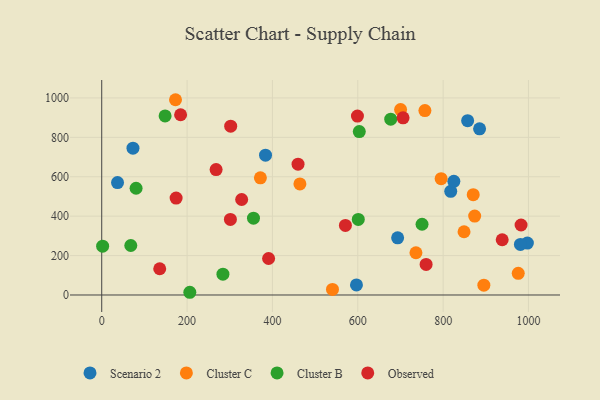
{"axis": {"x": "Distance", "y": "Rating"}, "legend": ["Cluster B", "Cluster C", "Observed", "Scenario 2"], "data": [{"x": "885.4", "y": 843.2, "type": "Scenario 2"}, {"x": "857.4", "y": 884.6, "type": "Scenario 2"}, {"x": "693.4", "y": 289.9, "type": "Scenario 2"}, {"x": "37.0", "y": 570.3, "type": "Scenario 2"}, {"x": "383.8", "y": 709.3, "type": "Scenario 2"}, {"x": "817.8", "y": 526.0, "type": "Scenario 2"}, {"x": "997.4", "y": 263.5, "type": "Scenario 2"}, {"x": "981.1", "y": 256.5, "type": "Scenario 2"}, {"x": "825.1", "y": 576.6, "type": "Scenario 2"}, {"x": "73.2", "y": 745.1, "type": "Scenario 2"}, {"x": "596.9", "y": 51.3, "type": "Scenario 2"}, {"x": "736.3", "y": 214.4, "type": "Cluster C"}, {"x": "895.4", "y": 49.9, "type": "Cluster C"}, {"x": "795.3", "y": 590.2, "type": "Cluster C"}, {"x": "540.7", "y": 28.1, "type": "Cluster C"}, {"x": "464.4", "y": 563.6, "type": "Cluster C"}, {"x": "873.9", "y": 400.3, "type": "Cluster C"}, {"x": "371.8", "y": 594.8, "type": "Cluster C"}, {"x": "757.3", "y": 935.7, "type": "Cluster C"}, {"x": "849.0", "y": 320.9, "type": "Cluster C"}, {"x": "976.0", "y": 110.2, "type": "Cluster C"}, {"x": "172.9", "y": 990.9, "type": "Cluster C"}, {"x": "870.5", "y": 509.0, "type": "Cluster C"}, {"x": "700.3", "y": 940.9, "type": "Cluster C"}, {"x": "68.1", "y": 251.2, "type": "Cluster B"}, {"x": "677.2", "y": 892.2, "type": "Cluster B"}, {"x": "206.4", "y": 13.8, "type": "Cluster B"}, {"x": "750.6", "y": 358.9, "type": "Cluster B"}, {"x": "2.1", "y": 247.6, "type": "Cluster B"}, {"x": "284.0", "y": 105.6, "type": "Cluster B"}, {"x": "601.2", "y": 383.3, "type": "Cluster B"}, {"x": "80.5", "y": 541.7, "type": "Cluster B"}, {"x": "148.5", "y": 908.8, "type": "Cluster B"}, {"x": "603.5", "y": 829.5, "type": "Cluster B"}, {"x": "355.6", "y": 389.6, "type": "Cluster B"}, {"x": "760.1", "y": 155.3, "type": "Observed"}, {"x": "327.9", "y": 484.5, "type": "Observed"}, {"x": "184.8", "y": 914.6, "type": "Observed"}, {"x": "268.0", "y": 636.2, "type": "Observed"}, {"x": "135.9", "y": 133.3, "type": "Observed"}, {"x": "302.2", "y": 856.9, "type": "Observed"}, {"x": "706.1", "y": 898.8, "type": "Observed"}, {"x": "391.0", "y": 185.1, "type": "Observed"}, {"x": "938.4", "y": 280.4, "type": "Observed"}, {"x": "599.2", "y": 908.1, "type": "Observed"}, {"x": "571.0", "y": 352.8, "type": "Observed"}, {"x": "460.0", "y": 663.6, "type": "Observed"}, {"x": "301.5", "y": 383.4, "type": "Observed"}, {"x": "982.6", "y": 355.1, "type": "Observed"}, {"x": "174.3", "y": 491.8, "type": "Observed"}]}